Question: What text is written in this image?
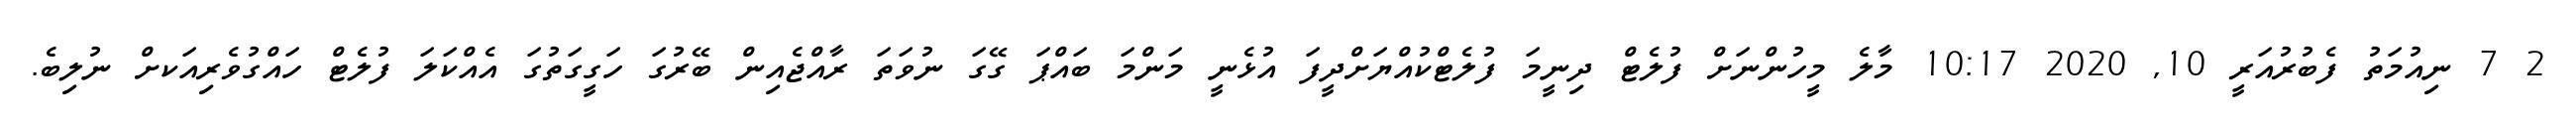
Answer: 2 7 ނިއުމަތު ފެބުރުއަރީ 10, 2020 10:17 މާލެ މީހުންނަށް ފުލެޓް ދިނީމަ ފުލެޓްކުއްޔަށްދީފަ އުޅެނީ މަންމަ ބައްޕަ ގޭގަ ނުވަތަ ރާއްޖެއިން ބޭރުގަ ހަގީގަތުގަ އެއްކަލަ ފުލެޓް ހައްގުވެރިއަކށް ނުލިބެ.